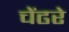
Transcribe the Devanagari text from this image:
चेंढरे